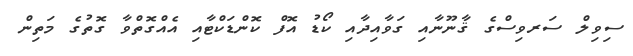
ސިވިލް ސަރވިސްގެ ޤާނޫނާއި ގަވާއިދާއި ކޯޑު އޮފް ކޮންޑަކްޓާއި އެއްގޮތްވާ ގޮތުގެ މަތިން